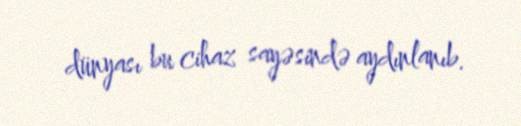
dünyası bu cihaz sayəsində aydınlanıb.